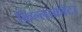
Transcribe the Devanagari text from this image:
किल्लाकोटा